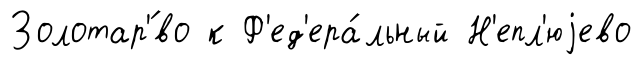
Золотар'́во к Ф'ед'ера́льный Н'епл'юjево